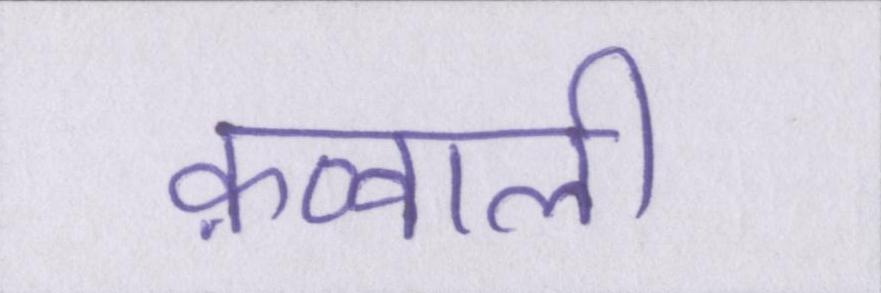
क़व्वाली